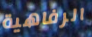
الرفاهية